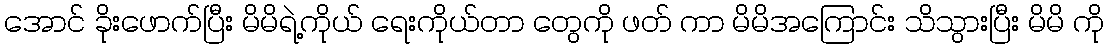
အောင် ခိုးဖောက်ပြီး မိမိရဲ့ကိုယ် ရေးကိုယ်တာ တွေကို ဖတ် ကာ မိမိအကြောင်း သိသွားပြီး မိမိ ကို